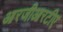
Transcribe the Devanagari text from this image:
आरजीआरटीए